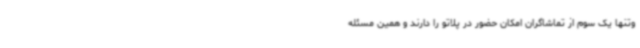
وتنها یک سوم از تماشاگران امکان حضور در پلاتو را دارند و همین مسئله